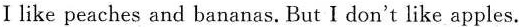
I like peaches and bananas. But I don't like apples.